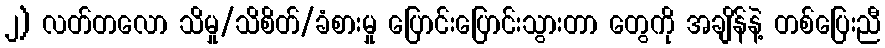
၂) လတ်တလော သိမှု/သိစိတ်/ခံစားမှု ပြောင်းပြောင်းသွားတာ တွေကို အချိန်နဲ့ တစ်ပြေးညီ